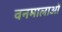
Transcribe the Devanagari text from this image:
वनमालाओं